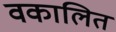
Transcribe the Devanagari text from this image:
वकालित